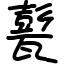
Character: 甏